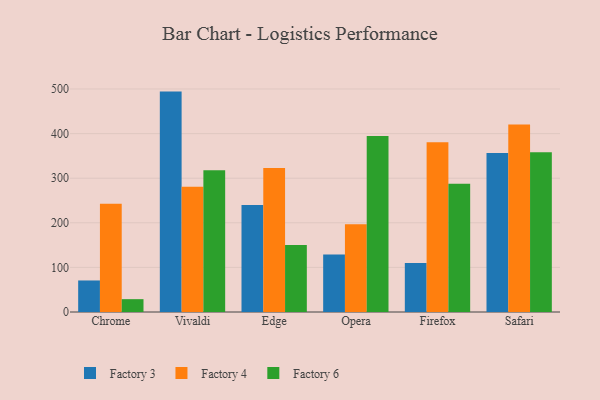
{"axis": {"x": "Browser", "y": "Shipments"}, "legend": ["Factory 3", "Factory 4", "Factory 6"], "data": [{"x": "Chrome", "y": 70.7, "type": "Factory 3"}, {"x": "Chrome", "y": 242.8, "type": "Factory 4"}, {"x": "Chrome", "y": 28.8, "type": "Factory 6"}, {"x": "Vivaldi", "y": 494.2, "type": "Factory 3"}, {"x": "Vivaldi", "y": 280.6, "type": "Factory 4"}, {"x": "Vivaldi", "y": 318.1, "type": "Factory 6"}, {"x": "Edge", "y": 240.2, "type": "Factory 3"}, {"x": "Edge", "y": 322.8, "type": "Factory 4"}, {"x": "Edge", "y": 150.2, "type": "Factory 6"}, {"x": "Opera", "y": 128.9, "type": "Factory 3"}, {"x": "Opera", "y": 197.0, "type": "Factory 4"}, {"x": "Opera", "y": 394.7, "type": "Factory 6"}, {"x": "Firefox", "y": 110.1, "type": "Factory 3"}, {"x": "Firefox", "y": 380.7, "type": "Factory 4"}, {"x": "Firefox", "y": 287.8, "type": "Factory 6"}, {"x": "Safari", "y": 356.6, "type": "Factory 3"}, {"x": "Safari", "y": 420.5, "type": "Factory 4"}, {"x": "Safari", "y": 358.2, "type": "Factory 6"}]}